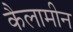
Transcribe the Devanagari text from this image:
कैलामीन